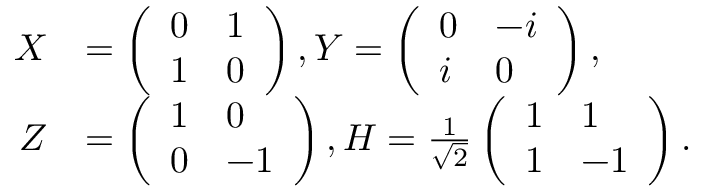
\begin{array} { r l } { X } & { = \left( \begin{array} { l l } { 0 } & { 1 } \\ { 1 } & { 0 } \end{array} \right) , Y = \left( \begin{array} { l l } { 0 } & { - i } \\ { i } & { 0 } \end{array} \right) , } \\ { Z } & { = \left( \begin{array} { l l } { 1 } & { 0 } \\ { 0 } & { - 1 } \end{array} \right) , H = \frac { 1 } { \sqrt { 2 } } \left( \begin{array} { l l } { 1 } & { 1 } \\ { 1 } & { - 1 } \end{array} \right) . } \end{array}